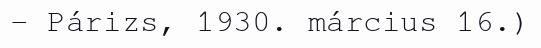
– Párizs, 1930. március 16.)